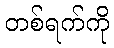
တစ်ရက်ကို